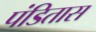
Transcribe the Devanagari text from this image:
पंडितास